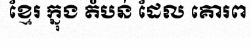
ខ្មែរ ក្នុង តំបន់ ដែល គោរព